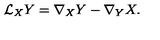
{ \cal { L } } _ { X } Y = \nabla _ { X } Y - \nabla _ { Y } X .